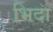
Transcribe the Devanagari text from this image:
भिदा